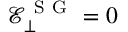
\mathcal { E } _ { \bot } ^ { \mathrm { ~ S ~ G ~ } } = 0